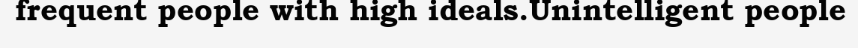
frequent people with high ideals.Unintelligent people